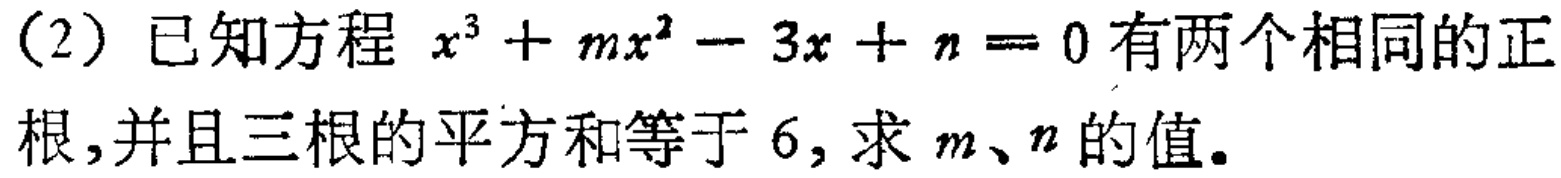
（2）已知方程 \(x^{3}+mx^{2}-3x + n = 0\) 有两个相同的正根，并且三根的平方和等于 \(6\)，求 \(m\)、\(n\) 的值。